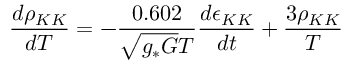
\frac { d \rho _ { K K } } { d T } = - \frac { 0 . 6 0 2 } { \sqrt { g _ { * } G } T } \frac { d \epsilon _ { K K } } { d t } + \frac { 3 \rho _ { K K } } { T }